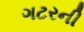
ગટરની